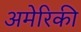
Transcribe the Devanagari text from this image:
अमेरिकी